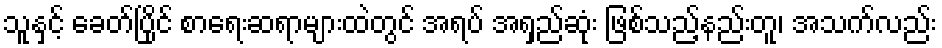
သူနှင့် ခေတ်ပြိုင် စာရေးဆရာများထဲတွင် အရပ် အရှည်ဆုံး ဖြစ်သည့်နည်းတူ၊ အသက်လည်း